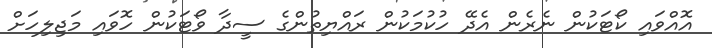
އޮއްވައި ކޯޓަކުން ނެރެން އެދޭ ހުކުމަކުން ރައްޔިތުންގެ ސީދާ ވޯޓަކުން ހޮވައި މަޖިލިހަށް